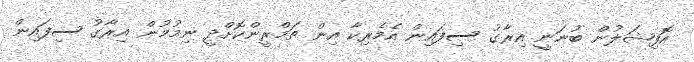
އޮފިޝަލުން ބުނަނީ އިރާގު ސިފައިން އެމެރިކާ އިން ތަމްރީންކޮށްދީ ނިމުމުން އިރާގު ސިފައިން